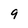
Character: 9